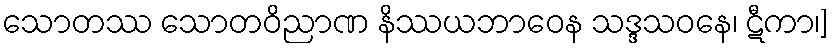
သောတဿ သောတဝိညာဏ နိဿယဘာဝေန သဒ္ဒသဝနေ၊ ဋီကာ၊]